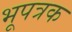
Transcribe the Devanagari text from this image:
भूपत्रक